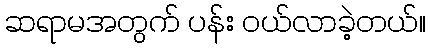
ဆရာမအတွက် ပန်း ဝယ်လာခဲ့တယ်။